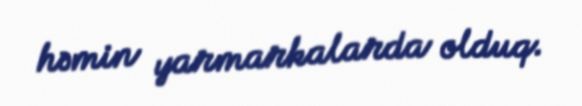
həmin yarmarkalarda olduq.